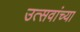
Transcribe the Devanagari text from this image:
उत्सवांच्या